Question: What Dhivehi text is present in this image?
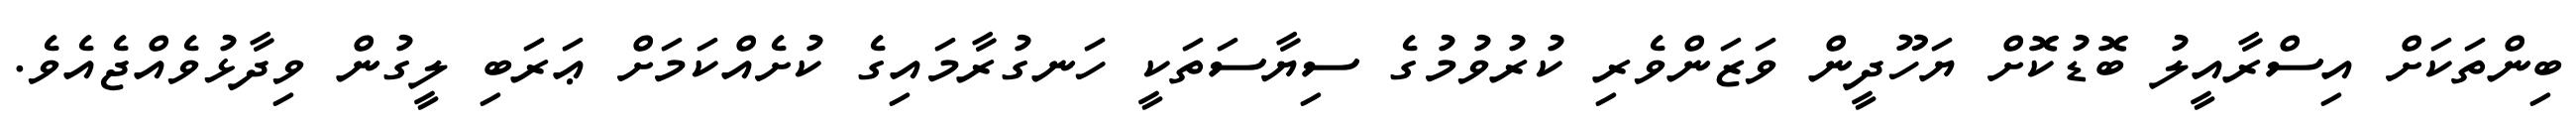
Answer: ބިންތަކަށް އިސްރާއީލު ބޮޑުކޮށް ޔަހޫދީން ވަޒަންވެރި ކުރުވުމުގެ ސިޔާސަތަކީ ހަނގުރާމައިގެ ކުށެއްކަމަށް ޢަރަބި ލީގުން ވިދާޅުވެއްޖެއެވެ.